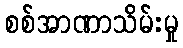
စစ်အာဏာသိမ်းမှု